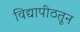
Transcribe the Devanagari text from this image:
विद्यापीठतून